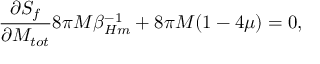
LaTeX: { \frac { \partial S _ { f } } { \partial M _ { t o t } } } 8 \pi M \beta _ { H m } ^ { - 1 } + 8 \pi M ( 1 - 4 \mu ) = 0 ,